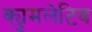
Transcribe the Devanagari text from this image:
क्युमलेटिव